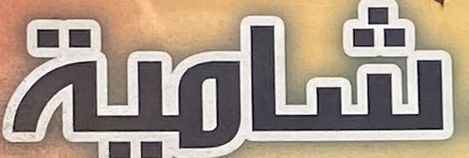
شامية